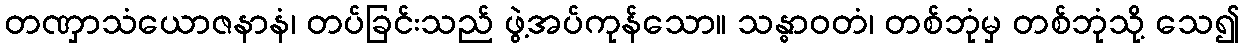
တဏှာသံယောဇနာနံ၊ တပ်ခြင်းသည် ဖွဲ့အပ်ကုန်သော။ သန္ဓာဝတံ၊ တစ်ဘုံမှ တစ်ဘုံသို့ သေ၍